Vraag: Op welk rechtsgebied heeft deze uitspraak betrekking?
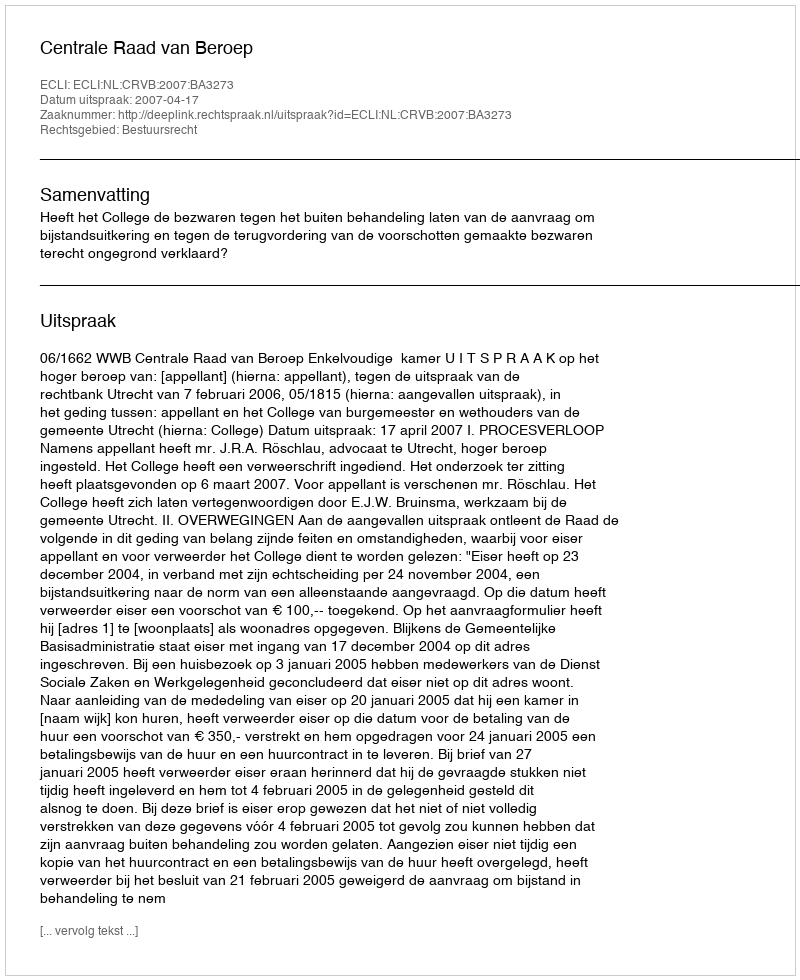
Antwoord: Bestuursrecht